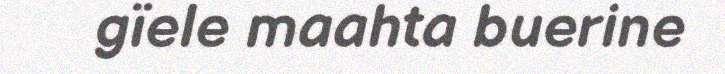
gïele maahta buerine